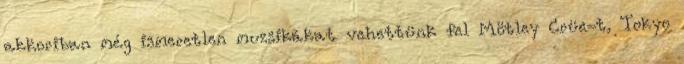
akkoriban még ismeretlen muzsikákat vehettünk fel Mötley Crüe-t, Tokyo